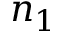
n _ { 1 }